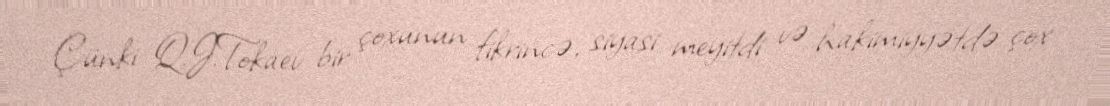
Çünki Q.J.Tokaev bir çoxunun fikrincə, siyasi meyitdi və hakimiyyətdə çox